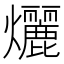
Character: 𬋞